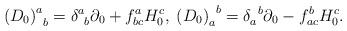
LaTeX: \begin{align*}\left( D_0\right) _{\;\;b}^a=\delta _{\;\;b}^a\partial_0+f_{bc}^aH_0^c,\;\left( D_0\right) _a^{\;\;b}=\delta _a^{\;\;b}\partial_0-f_{ac}^bH_0^c.\end{align*}